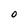
Character: O